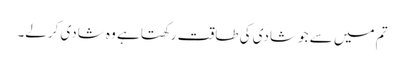
تم میں سے جو شادی کی طاقت رکھتا ہے وہ شادی کرلے۔